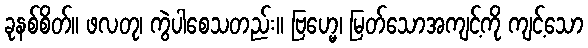
ခုနစ်စိတ်။ ဖလတု၊ ကွဲပါစေသတည်း။ ဗြဟ္မေ၊ မြတ်သောအကျင့်ကို ကျင့်သော